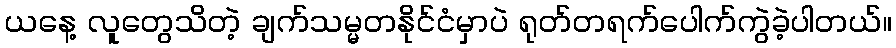
ယနေ့ လူတွေသိတဲ့ ချက်သမ္မတနိုင်ငံမှာပဲ ရုတ်တရက်ပေါက်ကွဲခဲ့ပါတယ်။